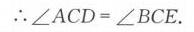
\(\therefore\angle ACD=\angle BCE\).